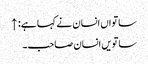
ساتواں انسان نے کہا ہے: ↑
ساتویں انسان صاحب۔